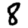
Digit: 8